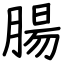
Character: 腸